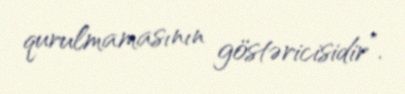
qurulmamasının göstəricisidir”.